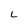
Character: L